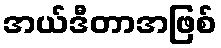
အယ်ဒီတာအဖြစ်